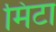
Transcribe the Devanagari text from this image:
मिंटा